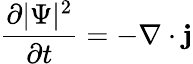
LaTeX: {\frac{\partial|\Psi|^{2}}{\partial t}}=-\nabla\cdot\mathbf{j}